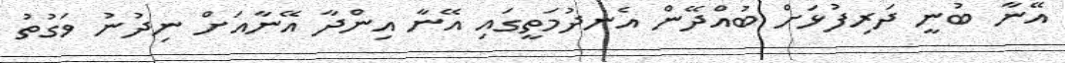
އޭނާ ބުނީ ދަރިފުޅަށް ބުއްދޭން އެނދުމަތީގައި އޭނާ އިންދާ އޭނާއަށް ނިދުނު ވަގުތު